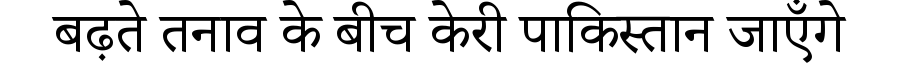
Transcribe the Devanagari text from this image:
बढ़ते तनाव के बीच केरी पाकिस्तान जाएँगे